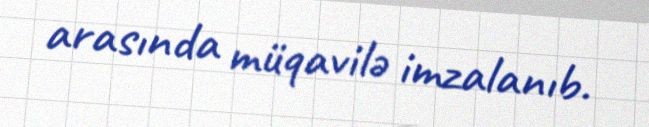
arasında müqavilə imzalanıb.